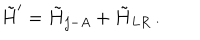
\tilde { H } ^ { \prime } = \tilde { H } _ { j - A } + \tilde { H } _ { L R } \, .